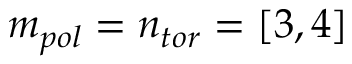
m _ { p o l } = n _ { t o r } = [ 3 , 4 ]